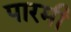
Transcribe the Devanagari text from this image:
पारमी